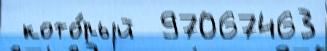
 кото́рый  97067463